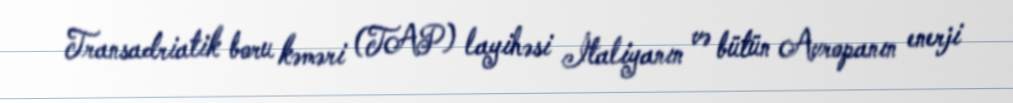
Transadriatik boru kəməri (TAP) layihəsi İtaliyanın və bütün Avropanın enerji